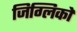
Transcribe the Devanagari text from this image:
जिग्लिको